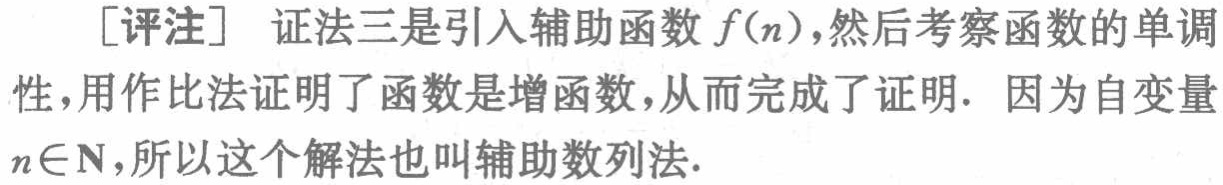
[评注] 证法三是引入辅助函数 \(f(n)\)，然后考察函数的单调性，用作比法证明了函数是增函数，从而完成了证明. 因为自变量 \(n\in\mathbb{N}\)，所以这个解法也叫辅助数列法.